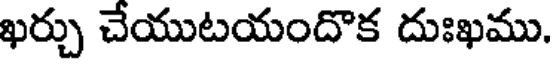
ఖర్చు చేయుటయందొక దుఃఖము.